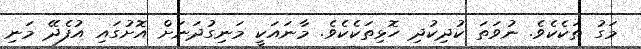
މަގު ތަކެކެވެ. ނުވަތަ ކުދިކުދި ހޮޅިތަކެކެވެ. މާނައަކީ މަނިގުދަނަށް އޮށުގައި އުފެދޭ މަނި